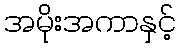
အမိုးအကာနှင့်